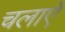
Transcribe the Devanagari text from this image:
चलाऐ